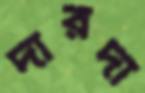
দারদা